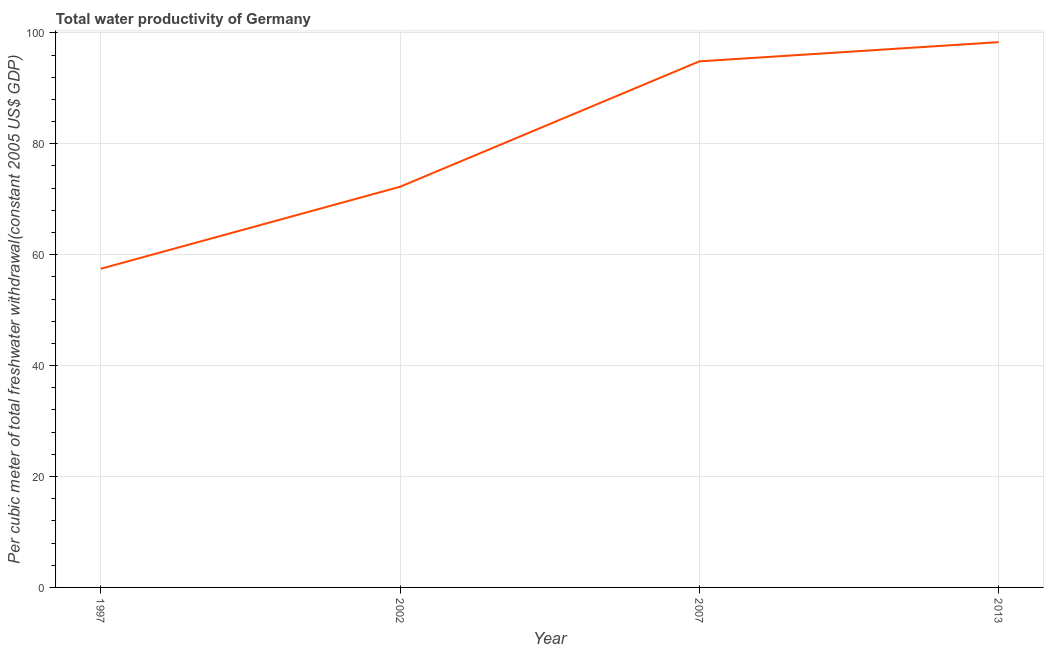
| Year | Water productivity |
 | --- | --- |
 | 1997 | 57.5 |
 | 2002 | 72.2 |
 | 2007 | 94.9 |
 | 2013 | 98.3 |